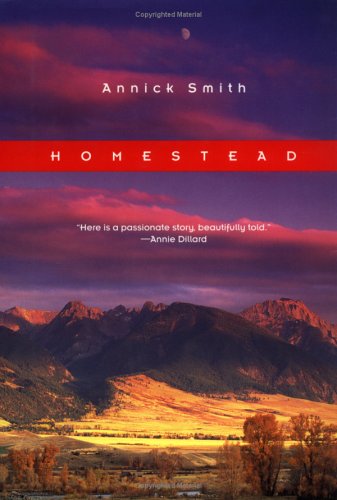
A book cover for Homestead (The World As Home); Annick Smith; Travel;